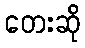
တေးဆို